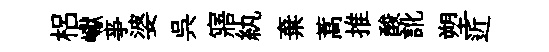
梠巘亊婆呉寤紈棄蒿推酸訛塑近